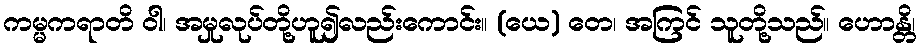
ကမ္မကရာတိ ဝါ၊ အမှုလုပ်တို့ဟူ၍လည်းကောင်း။ (ယေ) တေ၊ အကြင် သူတို့သည်။ ဟောန္တိ၊